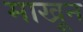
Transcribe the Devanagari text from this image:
माखून